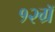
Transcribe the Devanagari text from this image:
१२ग्रॅ